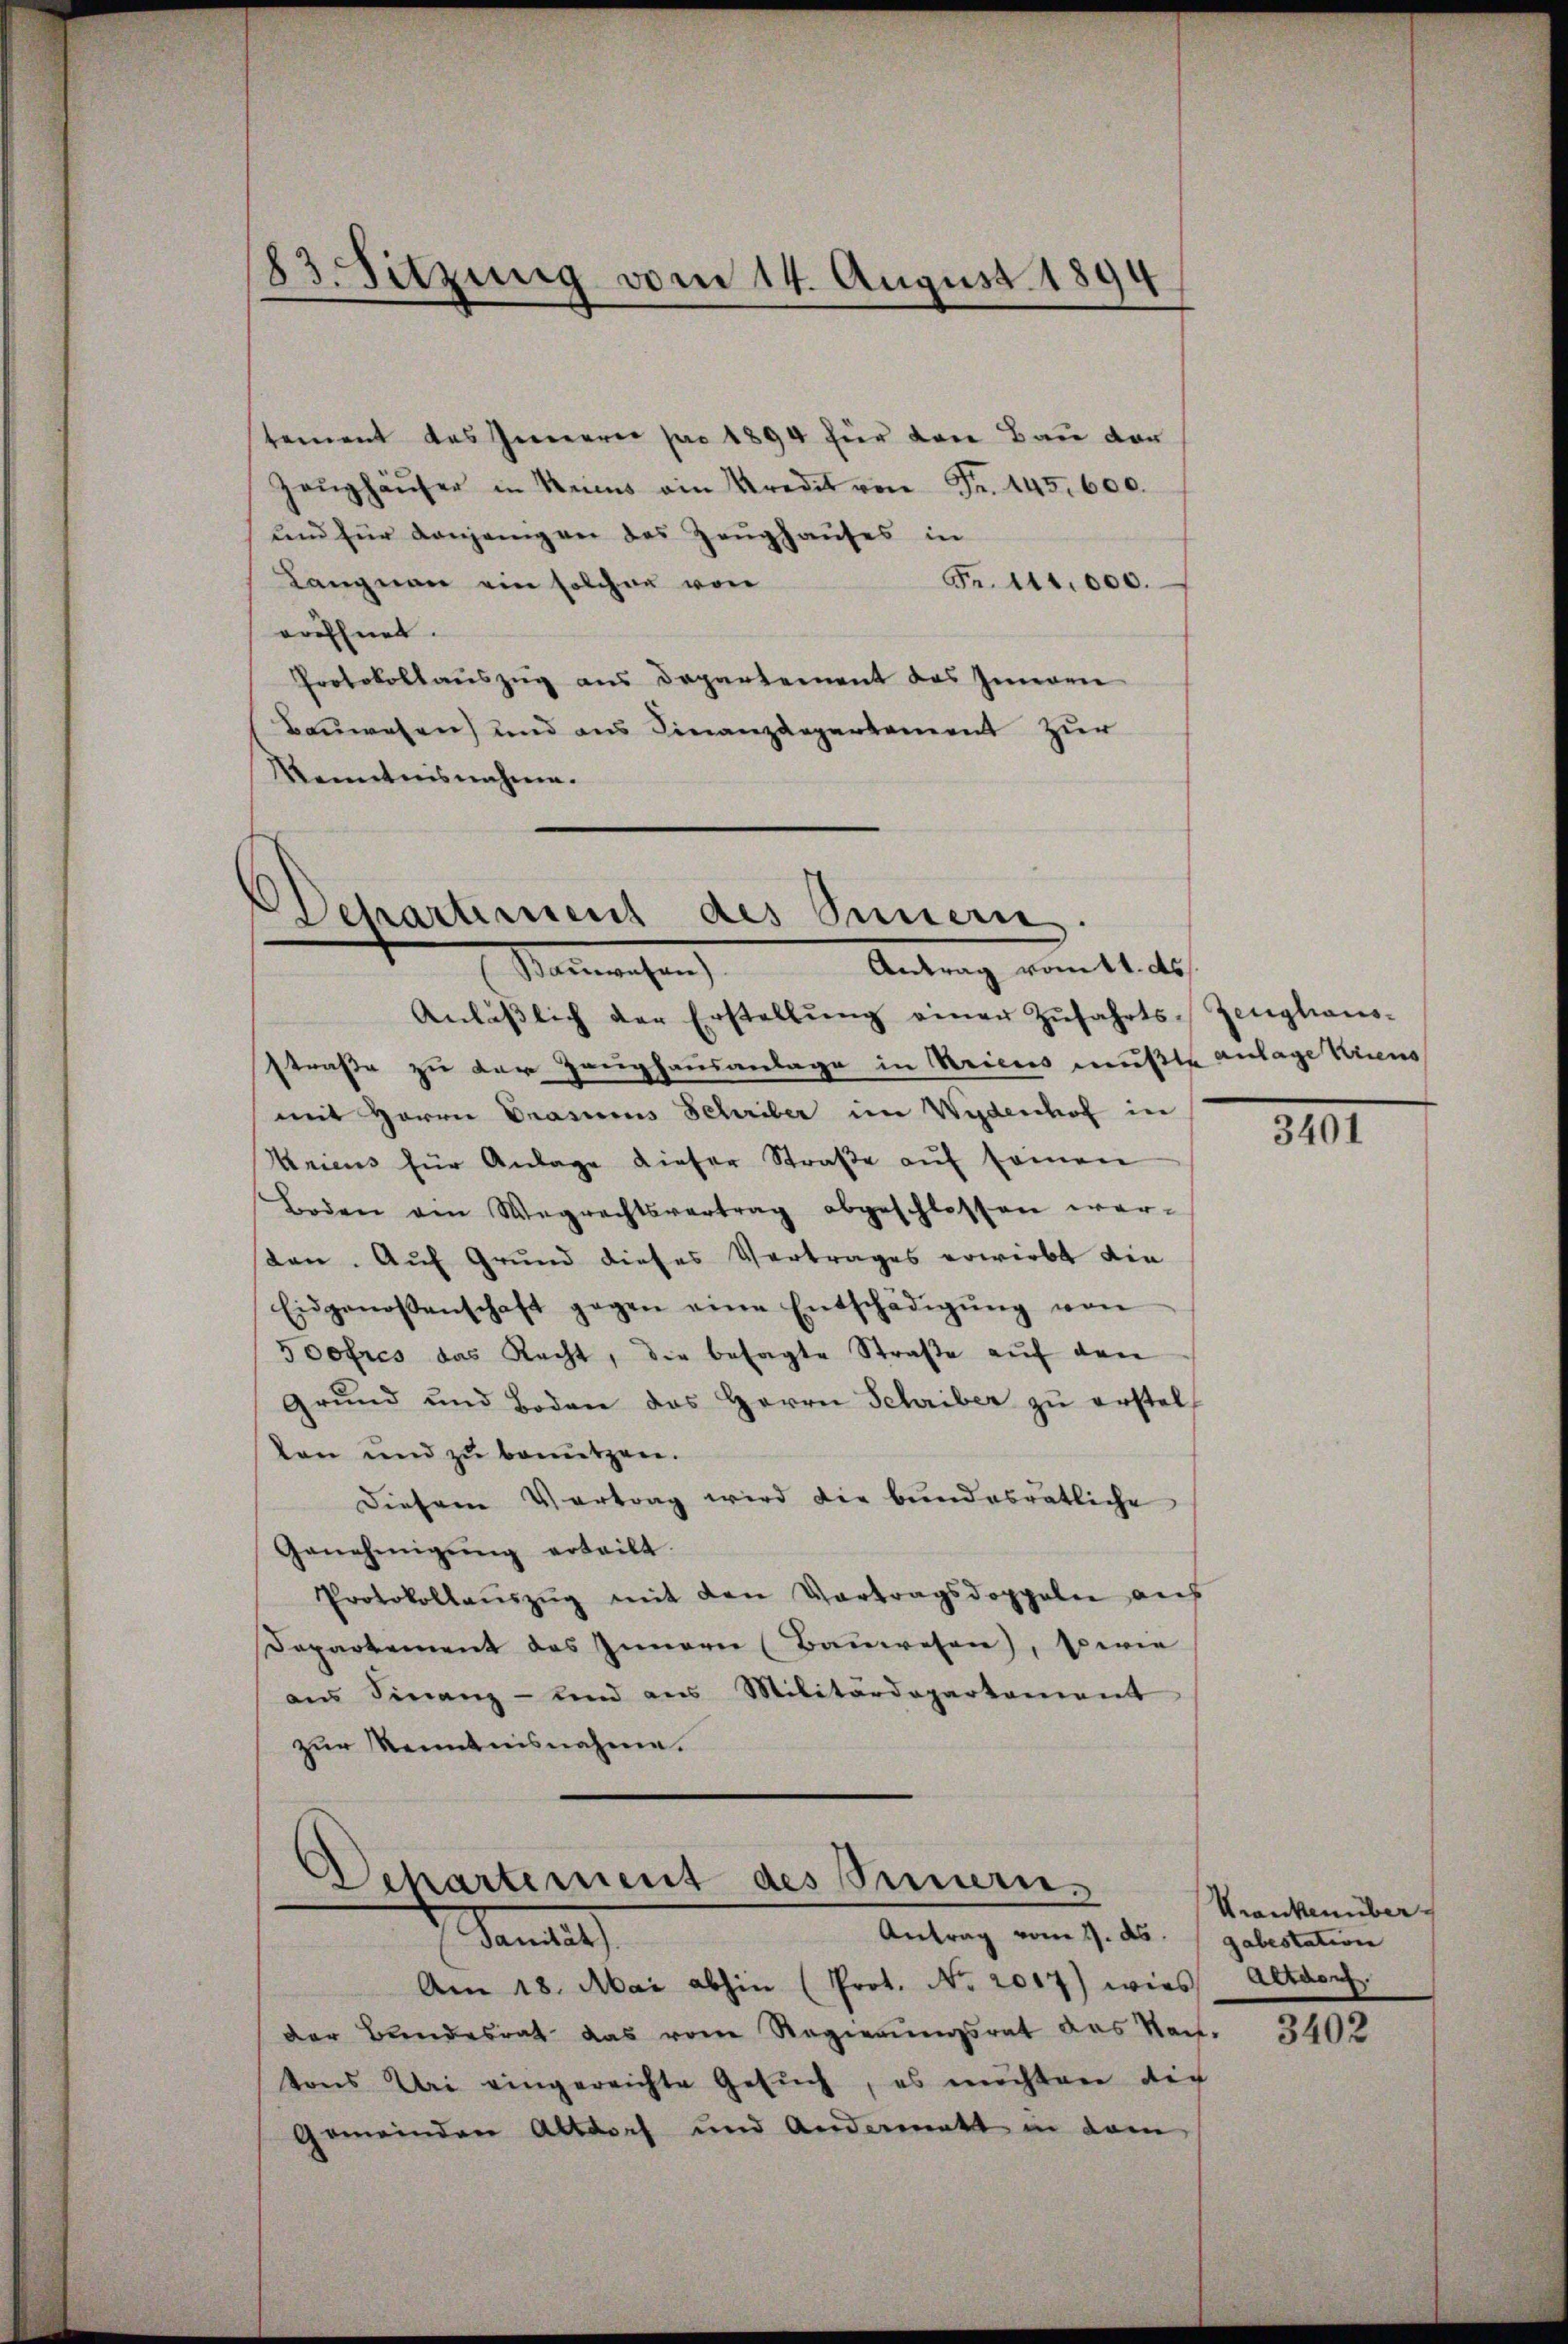
83. Sitzung vom 14. August 1894

tement des Innerer pro 1894 für den Bau vor
Zeŭghäŭser in Krims ein Kredit von Fr. 145. 600.
und für denjenigen des Zeughauses in
Fr. 141,000.
Langnau ein solchen von
oröffnet.
Protokollaŭszŭg ans Departement des Inneren
Bauwesen) und aus Finanzdepartement zur
Kenntnisnahmen.

Dechartement des Summern.
Antrag vom 11. ds
Matermachen

Anlässlich der Erstellŭng einer Zŭfahrts-Zeughaus-
straße zu der Zeughausanlage in Kriens mußte anlage Kriens
mit Herrn Drasiens Schriber im Wydenhof in
Unicus für Anlage dieser Straße auf seinen
Boden ain Wegrechtsvertrag abgeschlossen war-
ten. Auf Grund dieses Vertrages erwirbt die
Eidgenossenschaft gegen eine Entschädigŭng von
5oofres das Recht, die besagte Straβe aŭf den
Grund und Boden das Herrn Schriber zu erstelten und zu benutzen.
Diesem Vortrag wird die bundesrätliche
Genehmigŭng erteilt.
Protokollaŭszŭg mit den Vortragsdoppeln auf
Departement des Innern (Bauwesen), sowie
aŭs Finanz- und aus Militärdepartement
zur Kenntnisnahme.

Dchartement des Semen-
Antrag vom 1. ds. gabestation
Sanates

Am 18. Mai abhin (Prot. No 2017) wies Altdorf.
der Bundesrat das vom Regierŭngsrat das No. 3402
tons Uri eingereichte Gesuch, es möchten die
Gemeinden Altdorf und Andermatt in dem

3101

Krankenüber